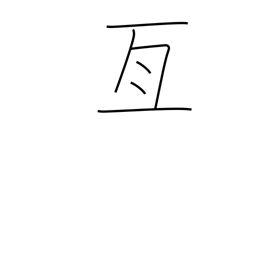
Meaning: cover